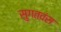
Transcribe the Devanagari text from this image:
सुगतवंस